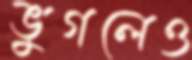
ভুগলেও